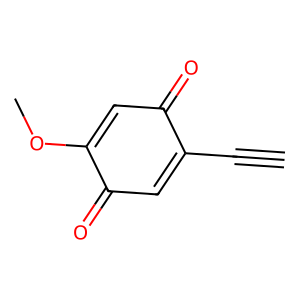
SMILES: C#CC1=CC(=O)C(OC)=CC1=O
Inhibits HIV replication: No